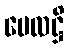
ဗေလဋ္ဌိ